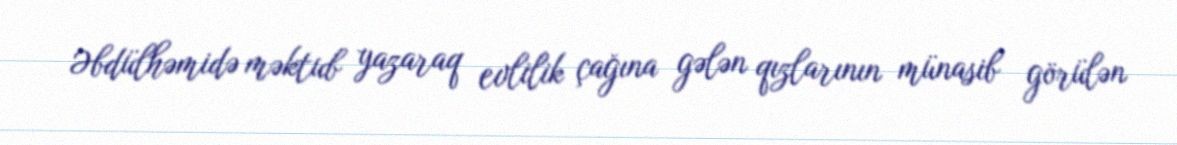
Əbdülhəmidə məktub yazaraq evlilik çağına gələn qızlarının münasib görülən